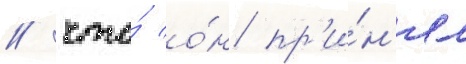
/ что́ о́н пр'и́н'ял